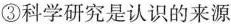
③科学研究是认识的来源